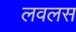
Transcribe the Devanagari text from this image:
लवलस